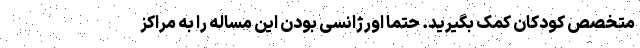
متخصص کودکان کمک بگیرید. حتما اورژانسی بودن این مساله را به مراکز